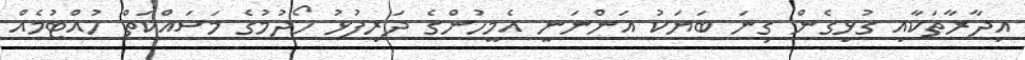
އިދާރާތަކާއި ގުޅިގެން ގިނަ ބަޔަކު އަންނަނީ އެމީހުންގެ ދަރިފުޅު ހޯދުމުގެ މަސައްކަތް ހުއްޓުމެއް